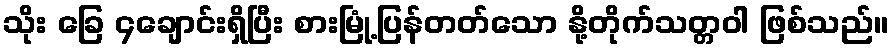
သိုး ခြေ ၄ချောင်းရှိပြီး စားမြုံ့ပြန်တတ်သော နို့တိုက်သတ္တဝါ ဖြစ်သည်။